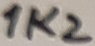
Text: 1K2